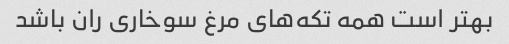
بهتر است همه تکه‌های مرغ سوخاری ران باشد